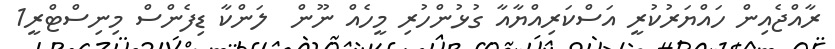
ރާއްޖެއިން ހައްޔަރުކުރީ އަސްކަރިއްޔާއާ ގުޅުންހުރި މީހެއް ނޫން  ލަންކާ ޑިފެންސް މިނިސްޓްރީ1